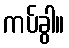
ကပ်ခွါ။